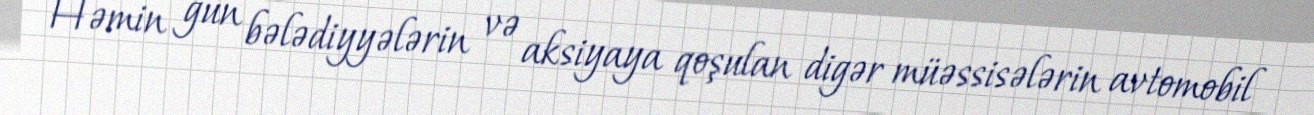
Həmin gün bələdiyyələrin və aksiyaya qoşulan digər müəssisələrin avtomobil